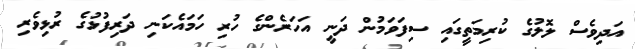
އަދިވެސް ލޮލުގެ ކުރިމަތީގައި ސިފަވަމުން ދަނީ އަހަރެންގެ ހުރި ހަމައެކަނި ދަރިފުޅުގެ ރުޅިވެރި